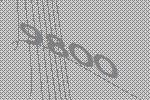
9800